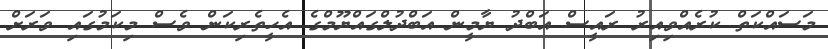
މަސައްކަތް ކުރެއްވިއިރު ރައީސް އަބްދު ޔާމީން އަބްދުލްގައްޔޫމްގެ އެހީތެރިކަން ވެސް މިކަމުގައި ވަރަށް